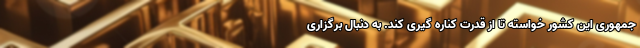
جمهوری این کشور خواسته تا از قدرت کناره گیری کند. به دنبال برگزاری